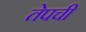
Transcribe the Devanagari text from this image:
तेपची